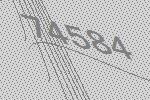
74584